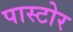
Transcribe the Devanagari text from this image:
पास्टोर